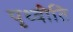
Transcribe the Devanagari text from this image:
पृथ्वीति